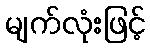
မျက်လုံးဖြင့်